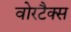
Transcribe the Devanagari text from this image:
वोरटैक्स